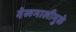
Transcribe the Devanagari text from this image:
देखभालीमुळे